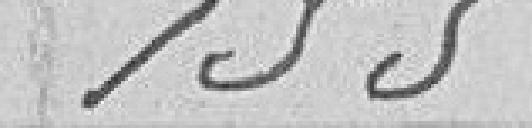
155